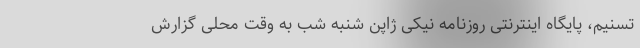
تسنیم، پایگاه اینترنتی روزنامه نیکی ژاپن شنبه شب به وقت محلی گزارش